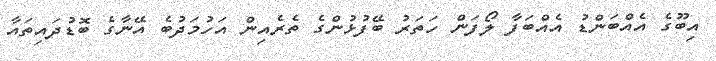
އިބޫގެ އެއްބަންޑު އެއްބަފާ ލޯފަން ހަތަރު ބޭފުޅުންގެ ތެރެއިން އަހުމަދުބެ އޭނާގެ ބޮޑުދައިތައާ